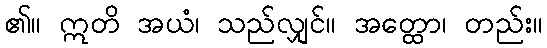
၏။ ဣတိ အယံ၊ သည်လျှင်။ အတ္ထော၊ တည်း။